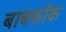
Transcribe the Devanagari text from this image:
बाबकॉक